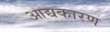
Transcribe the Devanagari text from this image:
आद्यकारण